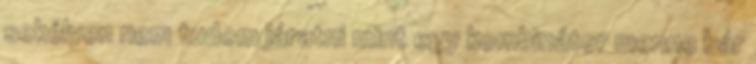
sekélyen nem tudom járatni mint egy kombinátor menne bár